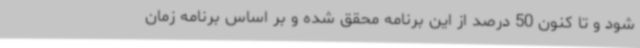
شود و تا کنون 50 درصد از این برنامه محقق شده و بر اساس برنامه زمان